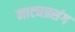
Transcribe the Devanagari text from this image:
नाट्यप्रसंग